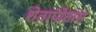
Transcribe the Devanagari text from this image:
शेतापोतास